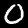
Label: 0